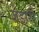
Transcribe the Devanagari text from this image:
ज़ेडारी